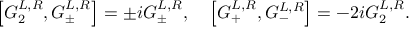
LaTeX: \left[ G _ { 2 } ^ { L , R } , G _ { \pm } ^ { L , R } \right] = \pm i G _ { \pm } ^ { L , R } , \quad \left[ G _ { + } ^ { L , R } , G _ { - } ^ { L , R } \right] = - 2 i G _ { 2 } ^ { L , R } .